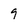
Character: 9